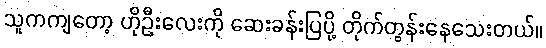
သူကကျတော့ ဟိုဦးလေးကို ဆေးခန်းပြပို့ တိုက်တွန်းနေသေးတယ်။